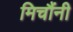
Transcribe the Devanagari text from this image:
मिचौंनी